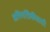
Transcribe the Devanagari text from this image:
अभियांत्रिकीसाठी